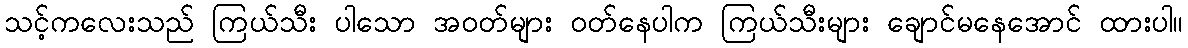
သင့်ကလေးသည် ကြယ်သီး ပါသော အဝတ်များ ဝတ်နေပါက ကြယ်သီးများ ချောင်မနေအောင် ထားပါ။